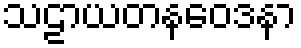
သဠာယတနဝေဒနာ